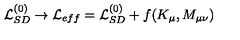
{ \cal L } _ { S D } ^ { ( 0 ) } \to { \cal L } _ { e f f } = { \cal L } _ { S D } ^ { ( 0 ) } + f ( K _ { \mu } , M _ { \mu \nu } )